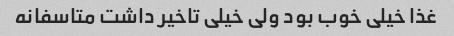
غذا خیلی خوب بود ولی خیلی تاخیر داشت متاسفانه